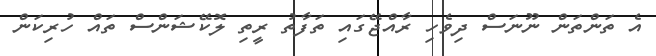
އެ ތަންތަން ނޫނަސް ދިވެހި ރާއްޖޭގައި ތަފާތު ރީތި ލޮކޭޝަންސް ތައް ހުރިކަން